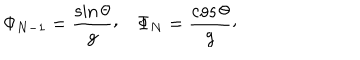
\Phi _ { N - 1 } = { \frac { \sin \theta } { g } } \raise 2 p t \mathrm { , } \quad \Phi _ { N } = { \frac { \cos \theta } { g } } \raise 2 p t \mathrm { , }